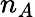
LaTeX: n_{A}